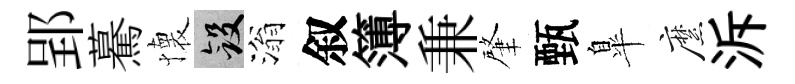
郢驀懐斂滃叙簿兼肇甄臯縻泝